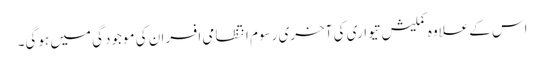
اس کےعلاوہ کملیش تیواری کی آخری رسوم انتظامی افسران کی موجودگی میں ہوگی۔